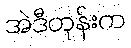
အဲဒီတုန်းက